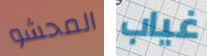
المحشو غياب